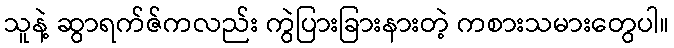
သူနဲ့ ဆွာရက်ဇ်ကလည်း ကွဲပြားခြားနားတဲ့ ကစားသမားတွေပါ။